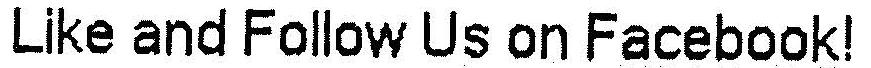
LIKE AND FOLLOW US ON FACEBOOK!